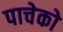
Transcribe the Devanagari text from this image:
पाचेको